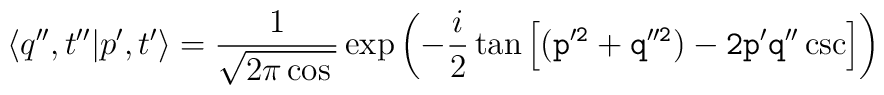
\langle q'',t''| p',t'\rangle = {1\over \sqrt{ 2\pi\cos\tt}}\exp\left(-{i\over 2}\tan\tt\left[(p'^{2}+q''^{2}) -2p'q''\csc\tt\right]\right)